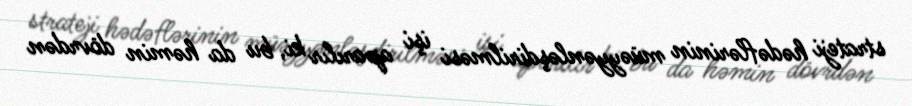
strateji hədəflərinin müəyyənləşdirilməsi işi aparılır ki, bu da həmin dövrdən